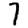
Digit: 7